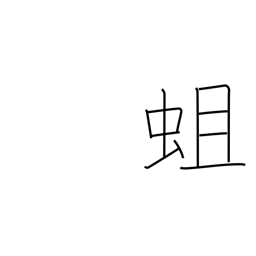
Meaning: grub